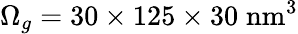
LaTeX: \Omega_{g}=30\times 125\times 30\; \mathrm{nm}^{3}